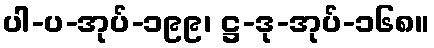
ပါ-ပ-အုပ်-၁၉၉၊ ဋ္ဌ-ဒု-အုပ်-၁၆၈။